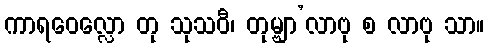
ကာရဝေလ္လော တု သုသဝီ၊ တုမ္ဗျာ’လာဗု စ လာဗု သာ။